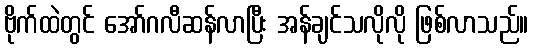
ဗိုက်ထဲတွင် အော်ဂလီဆန်လာပြီး အန်ချင်သလိုလို ဖြစ်လာသည်။